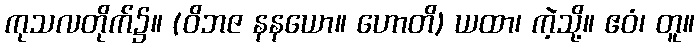
ကုသလတိုက်၌။ (ဝိဘဇ နနယော။ ဟောတိ) ယထာ၊ ကဲ့သို့။ ဧဝံ၊ တူ။